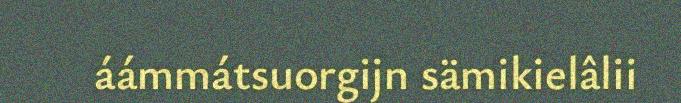
áámmátsuorgijn sämikielâlii